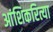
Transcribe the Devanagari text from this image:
आंशिकरित्या